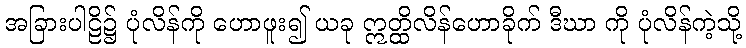
အခြားပါဠိ၌ ပုံလိန်ကို ဟောဖူး၍ ယခု ဣတ္ထိလိန်ဟောခိုက် ဒီဃာ ကို ပုံလိန်ကဲ့သို့